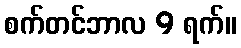
စက်တင်ဘာလ 9 ရက်။